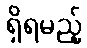
ရှိရမည့်